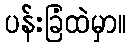
ပန်းခြံထဲမှာ။